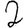
Digit: 2